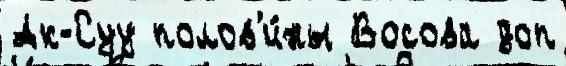
Ак-Суу полов'и́ны Восова доп